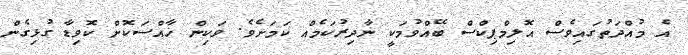
އެ މުއްދަތުގައިވެސް އޮލިމްޕިކްސް ބޭއްވުމަކީ ނާދިރުކަމެއް ކަމަށެވެ. ވަކިން ޚާއްސަކޮށް ކޮވިޑާ ގުޅިގެން